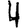
Digit: 4